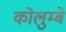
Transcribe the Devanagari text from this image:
कोलुम्बे